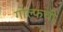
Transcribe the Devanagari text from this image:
गोल्फची